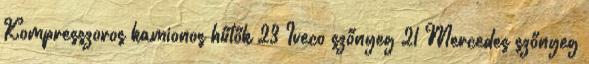
Kompresszoros kamionos hűtők 23 Iveco szőnyeg 21 Mercedes szőnyeg